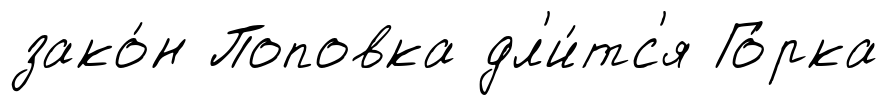
зако́н Поповка дл'и́тс'я Го́рка